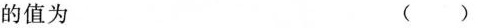
的值为 ( )